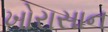
ખોરાસાન